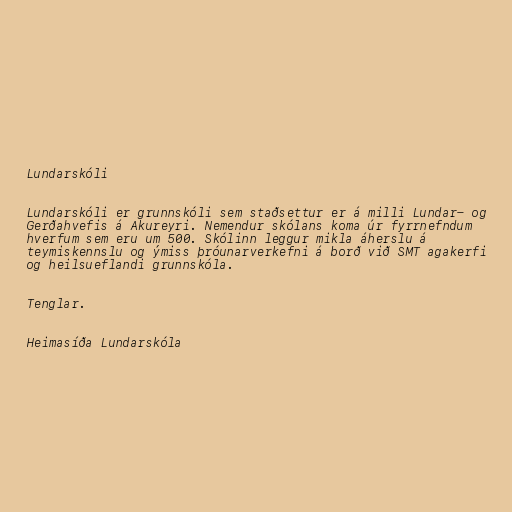
Lundarskóli

Lundarskóli er grunnskóli sem staðsettur er á milli Lundar- og
Gerðahvefis á Akureyri. Nemendur skólans koma úr fyrrnefndum
hverfum sem eru um 500. Skólinn leggur mikla áherslu á
teymiskennslu og ýmiss þróunarverkefni á borð við SMT agakerfi
og heilsueflandi grunnskóla.

Tenglar.

Heimasíða Lundarskóla